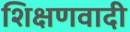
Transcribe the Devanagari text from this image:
शिक्षणवादी